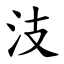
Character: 汥